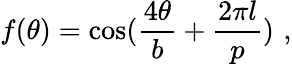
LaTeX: f(\theta)=\mathrm{cos}(\frac{4\theta}{b}+\frac{2\pi l}{p})\, \, ,